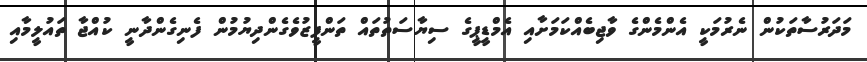
މަދަރުސާތަކުން ނެރުމަކީ އެންމެންގެ ވާޖިބެއްކަމަށާއި އެމްޑީޕީގެ ސިޔާސަތުތައް ތަންފީޒުވެގެންދިޔުމުން ފެނިގެންދާނީ ކުއްޖާ ތައުލީމާއި